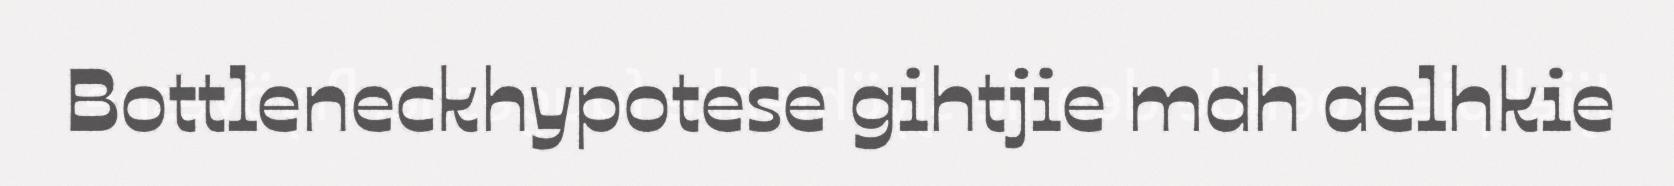
Bottleneckhypotese gihtjie mah aelhkie